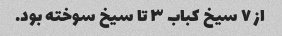
از ۷ سیخ کباب ۳ تا سیخ سوخته بود.